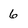
Character: 6